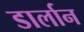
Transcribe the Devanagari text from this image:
डार्लान